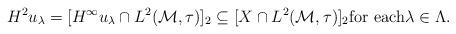
LaTeX: \begin{align*}H^2u_\lambda= [H^\infty u_\lambda\cap L^2(\mathcal M,\tau)]_2 \subseteq[X\cap L^2(\mathcal{M},\tau)]_2\text{for each$\lambda\in\Lambda$.}\end{align*}